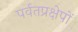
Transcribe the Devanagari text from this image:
पर्वतप्रक्षेपों